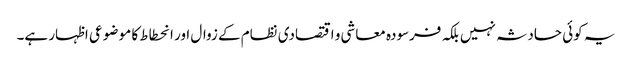
یہ کوئی حادثہ نہیں بلکہ فرسودہ معاشی و اقتصادی نظام کے زوال اور انحطاط کا مو ضوعی اظہار ہے۔